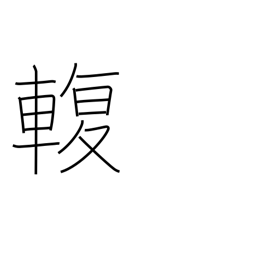
Meaning: connection between axle and carriage